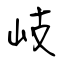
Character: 岐